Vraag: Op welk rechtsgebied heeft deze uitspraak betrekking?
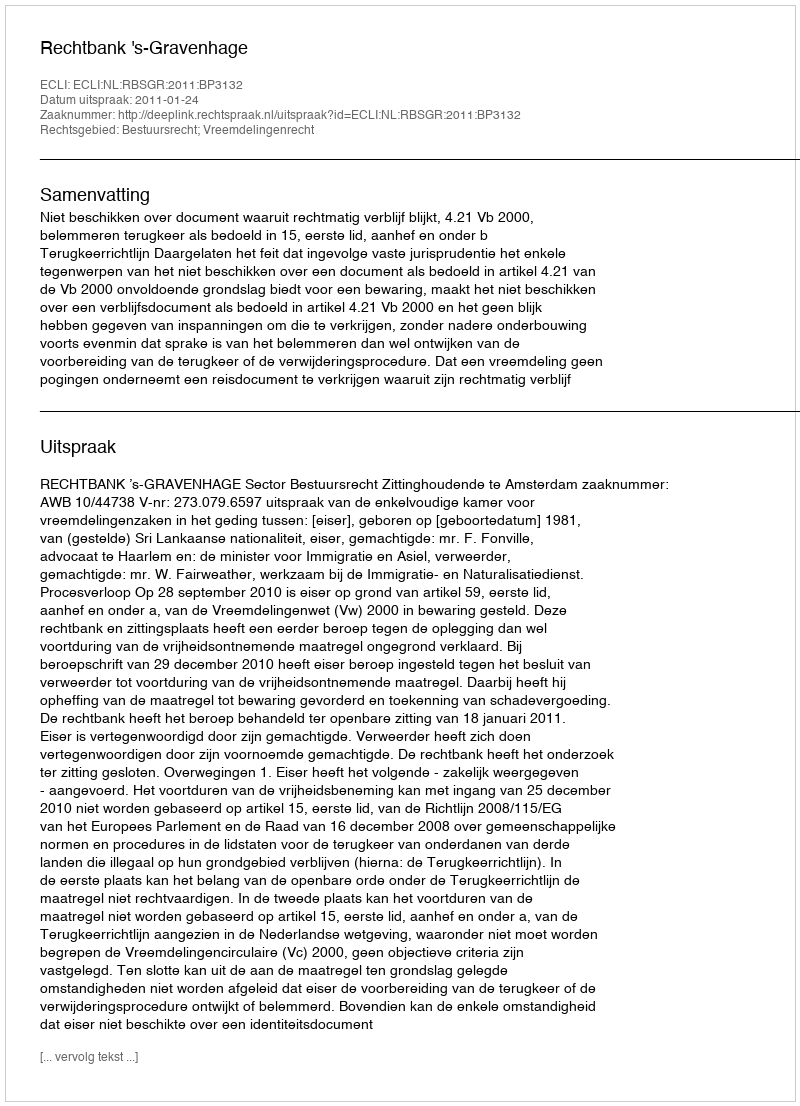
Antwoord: Bestuursrecht; Vreemdelingenrecht